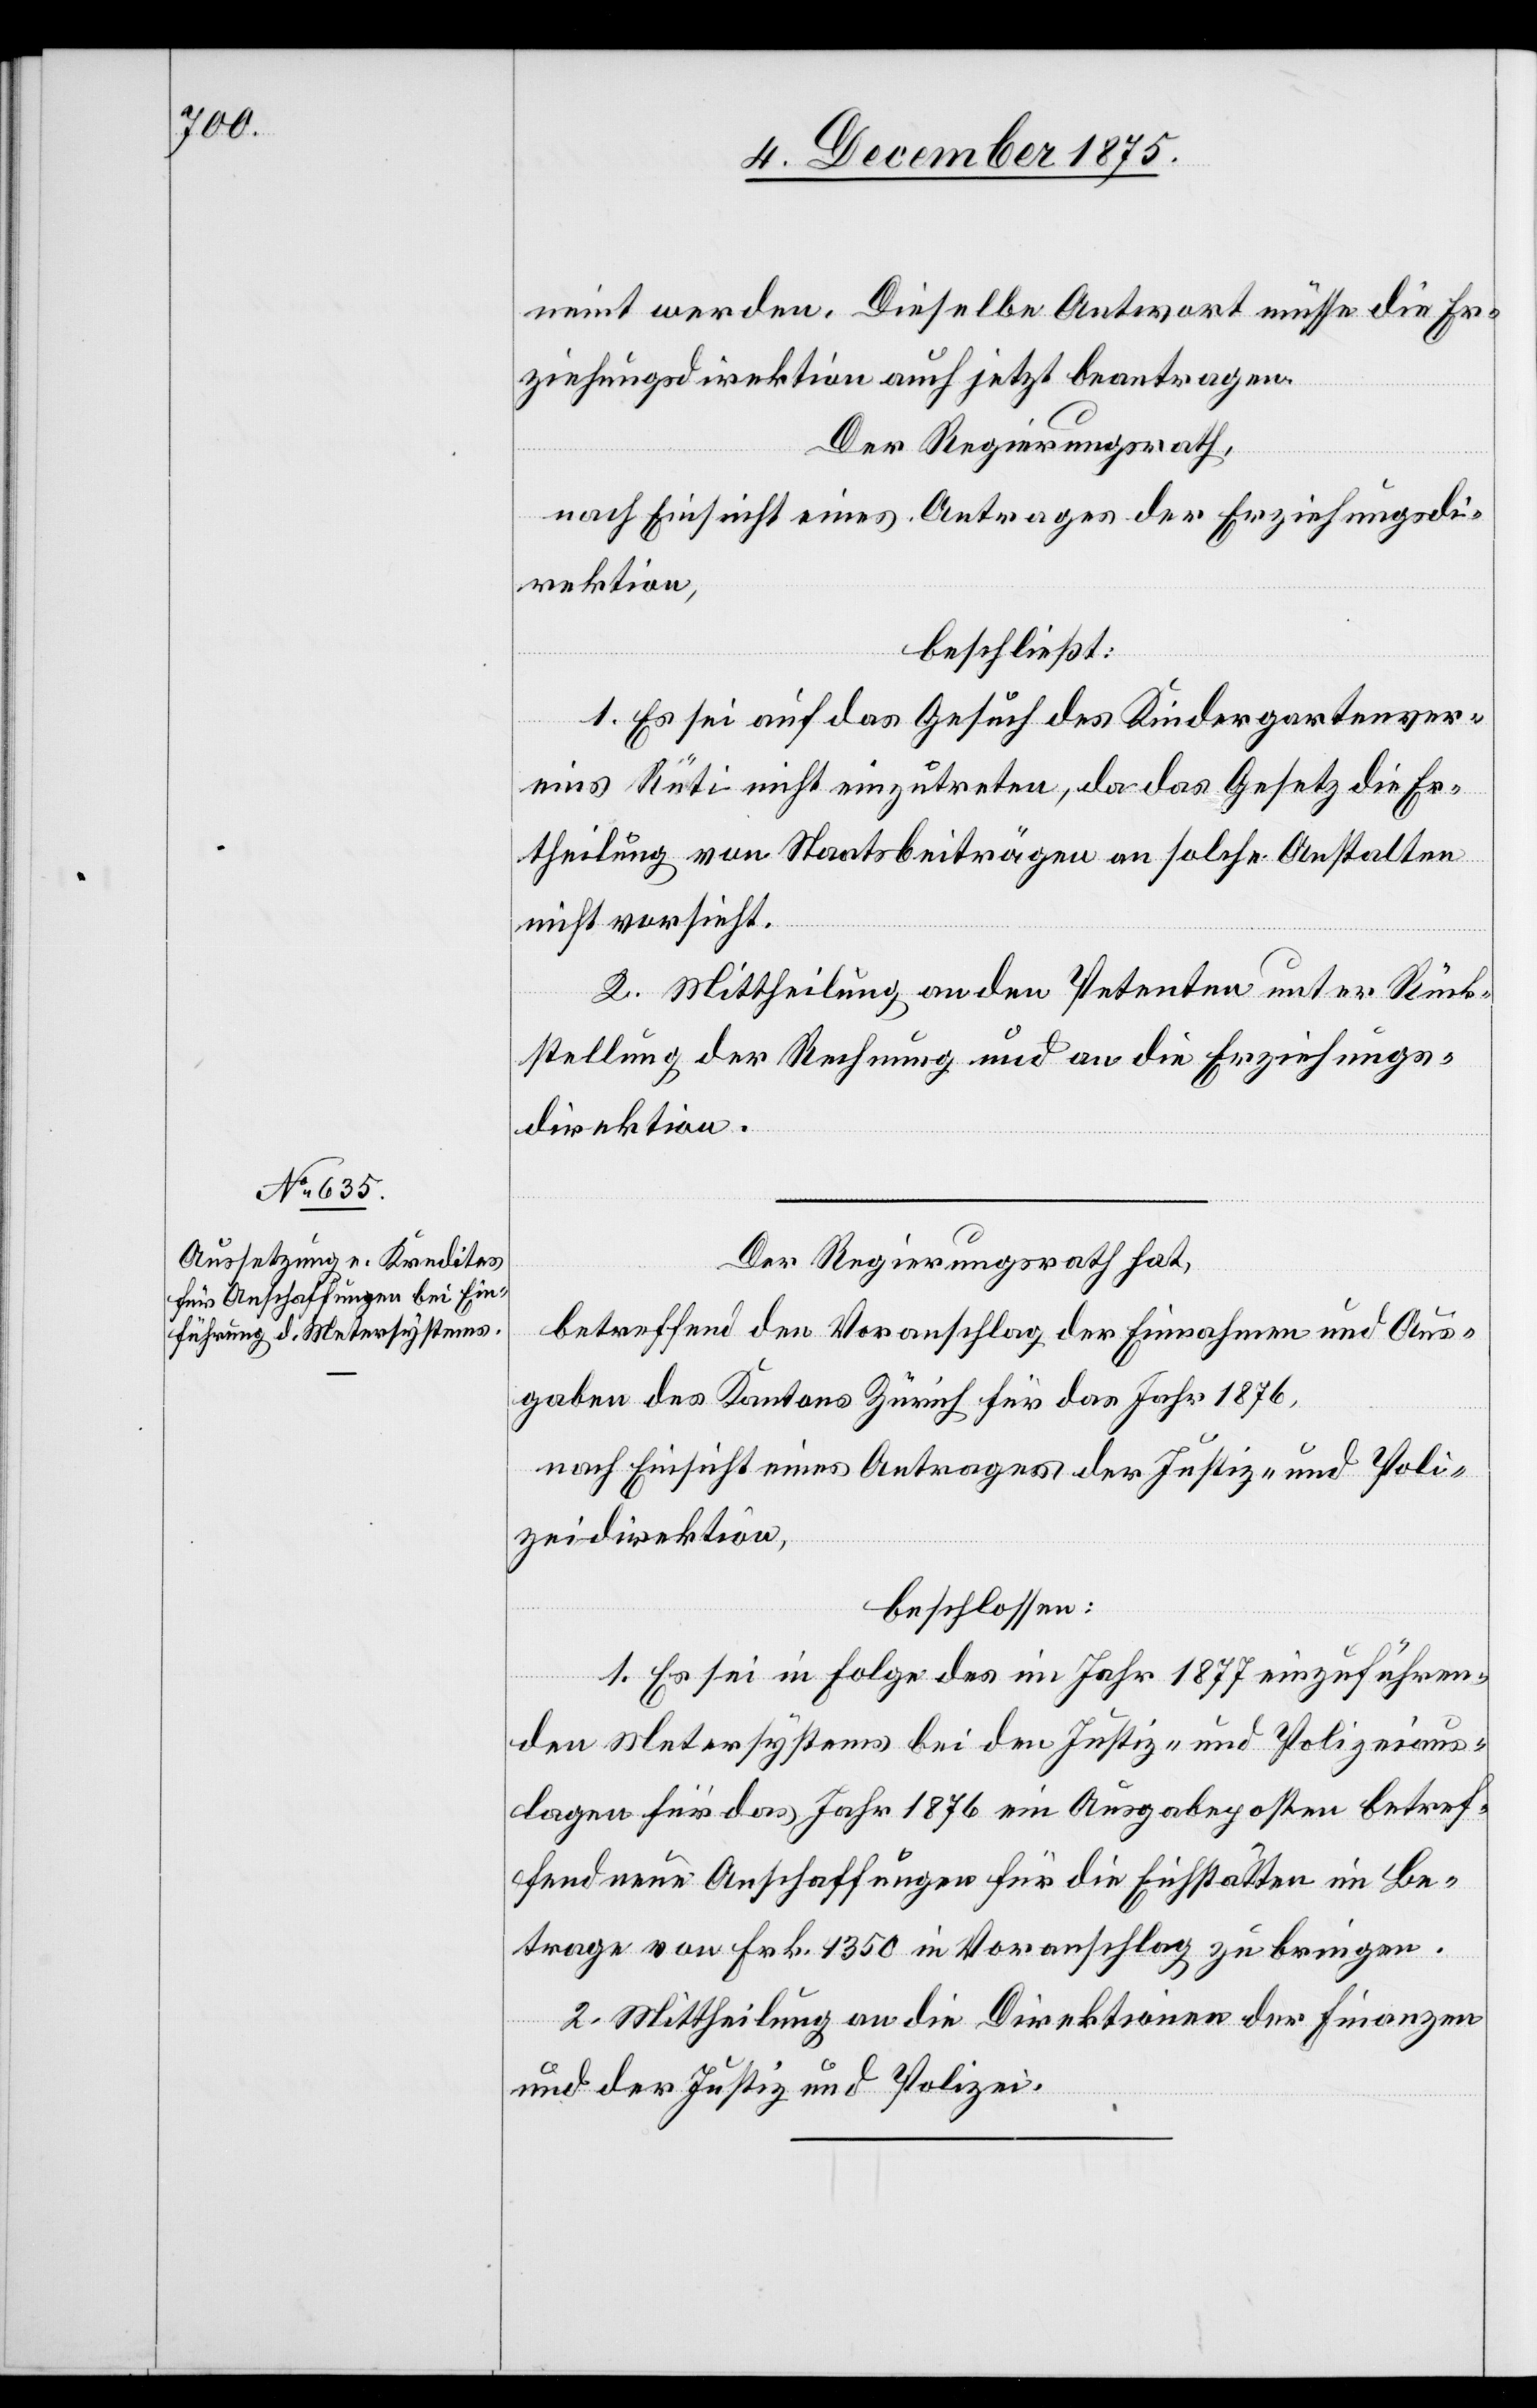
neint werden. Dieselbe Antwort müsse die Er¬
ziehungsdirektion auch jetzt beantragen.
Der Regierungsrath,
nach Einsicht eines Antrages der Erziehungsdi¬
rektion,
beschließt:
1. Es sei auf das Gesuch des Kindergartenver¬
eins Rüti nicht einzutreten, da das Gesetz die Er¬
theilung von Staatsbeiträgen an solche Anstalten
nicht vorsieht.
2. Mittheilung an den Petenten unter Rück¬
stellung der Rechnung und an die Erziehungs¬
direktion.
Der Regierungsrath hat,
betreffend den Voranschlag der Einnahmen und Aus¬
gaben des Kantons Zürich für das Jahr 1876,
nach Einsicht eines Antrages der Justiz- und Poli¬
zeidirektion,
beschlossen:
1. Es sei in Folge des im Jahr 1877 einzuführen¬
den Metersystems bei den Justiz- und Polizeiaus¬
lagen für das Jahr 1876 ein Ausgabeposten betref¬
fend neue Anschaffungen für die Eichstätten im Be¬
trage von Frk. 4350 in Voranschlag zu bringen.
2. Mittheilung an die Direktionen der Finanzen
und der Justiz und Polizei.